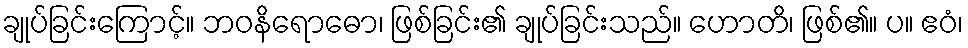
ချုပ်ခြင်းကြောင့်။ ဘဝနိရောဓော၊ ဖြစ်ခြင်း၏ ချုပ်ခြင်းသည်။ ဟောတိ၊ ဖြစ်၏။ ပ။ ဧဝံ၊